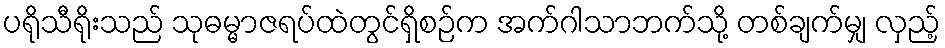
ပရိုသီရိုးသည် သုဓမ္မာဇရပ်ထဲတွင်ရှိစဉ်က အက်ဂါသာဘက်သို့ တစ်ချက်မျှ လှည့်